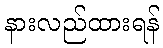
နားလည်ထားရန်